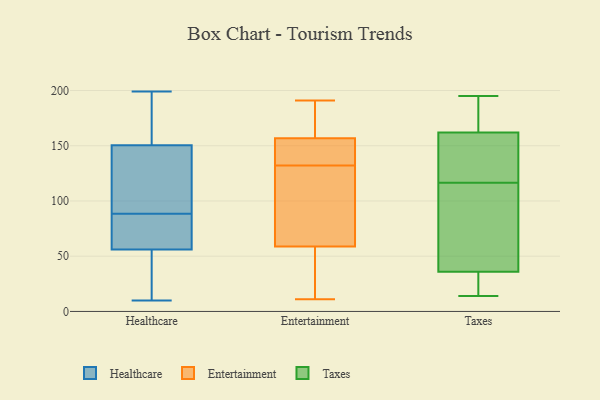
{"axis": {"x": "Headcount", "y": "Value"}, "legend": ["Entertainment", "Healthcare", "Taxes"], "data": [{"x": "", "y": 186, "type": "Healthcare"}, {"x": "", "y": 29, "type": "Healthcare"}, {"x": "", "y": 199, "type": "Healthcare"}, {"x": "", "y": 38, "type": "Healthcare"}, {"x": "", "y": 58, "type": "Healthcare"}, {"x": "", "y": 156, "type": "Healthcare"}, {"x": "", "y": 80, "type": "Healthcare"}, {"x": "", "y": 10, "type": "Healthcare"}, {"x": "", "y": 110, "type": "Healthcare"}, {"x": "", "y": 95, "type": "Healthcare"}, {"x": "", "y": 70, "type": "Healthcare"}, {"x": "", "y": 54, "type": "Healthcare"}, {"x": "", "y": 106, "type": "Healthcare"}, {"x": "", "y": 82, "type": "Healthcare"}, {"x": "", "y": 145, "type": "Healthcare"}, {"x": "", "y": 193, "type": "Healthcare"}, {"x": "", "y": 191, "type": "Entertainment"}, {"x": "", "y": 25, "type": "Entertainment"}, {"x": "", "y": 132, "type": "Entertainment"}, {"x": "", "y": 136, "type": "Entertainment"}, {"x": "", "y": 177, "type": "Entertainment"}, {"x": "", "y": 170, "type": "Entertainment"}, {"x": "", "y": 45, "type": "Entertainment"}, {"x": "", "y": 141, "type": "Entertainment"}, {"x": "", "y": 162, "type": "Entertainment"}, {"x": "", "y": 123, "type": "Entertainment"}, {"x": "", "y": 100, "type": "Entertainment"}, {"x": "", "y": 11, "type": "Entertainment"}, {"x": "", "y": 107, "type": "Entertainment"}, {"x": "", "y": 38, "type": "Entertainment"}, {"x": "", "y": 135, "type": "Entertainment"}, {"x": "", "y": 31, "type": "Taxes"}, {"x": "", "y": 129, "type": "Taxes"}, {"x": "", "y": 113, "type": "Taxes"}, {"x": "", "y": 162, "type": "Taxes"}, {"x": "", "y": 149, "type": "Taxes"}, {"x": "", "y": 120, "type": "Taxes"}, {"x": "", "y": 42, "type": "Taxes"}, {"x": "", "y": 195, "type": "Taxes"}, {"x": "", "y": 101, "type": "Taxes"}, {"x": "", "y": 36, "type": "Taxes"}, {"x": "", "y": 14, "type": "Taxes"}, {"x": "", "y": 166, "type": "Taxes"}, {"x": "", "y": 171, "type": "Taxes"}, {"x": "", "y": 30, "type": "Taxes"}]}